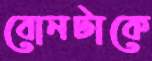
বোনটাকে